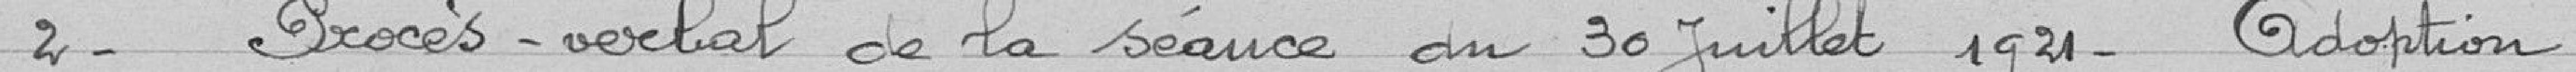
2- Procès-verbal de la séance du 30 juillet 1921 - adoption